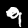
Label: 9